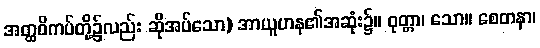
အတ္ထဝိကပ်တို့၌လည်း ဆိုအပ်သော) အာယူဟန၏အဆုံး၌။ ဝုတ္တာ၊ သော။ စေတနာ၊